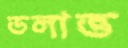
ডলাত